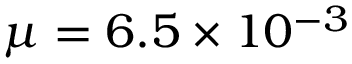
\mu = 6 . 5 \times 1 0 ^ { - 3 }